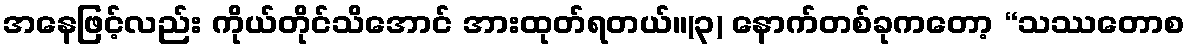
အနေဖြင့်လည်း ကိုယ်တိုင်သိအောင် အားထုတ်ရတယ်။(၃) နောက်တစ်ခုကတော့ “သဿတောစ